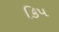
કિપ